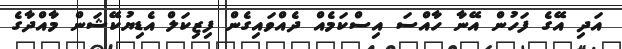
އަދި އޭގެ ފަހުން އޭނާ ހާއްސަ އިސްކަމެއް ދެއްވައިގެން ފިޒިކަލް އެޑިޔުކޭޝަން މާއްދާގެ